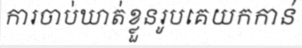
ការចាប់ឃាត់ខ្លួនរូបគេយកកាន់